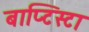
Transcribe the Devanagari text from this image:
बाप्टिस्टा